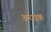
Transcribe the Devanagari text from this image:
अधइक